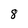
Character: 8